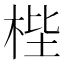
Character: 梐